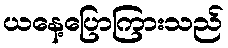
ယနေ့ပြောကြားသည်